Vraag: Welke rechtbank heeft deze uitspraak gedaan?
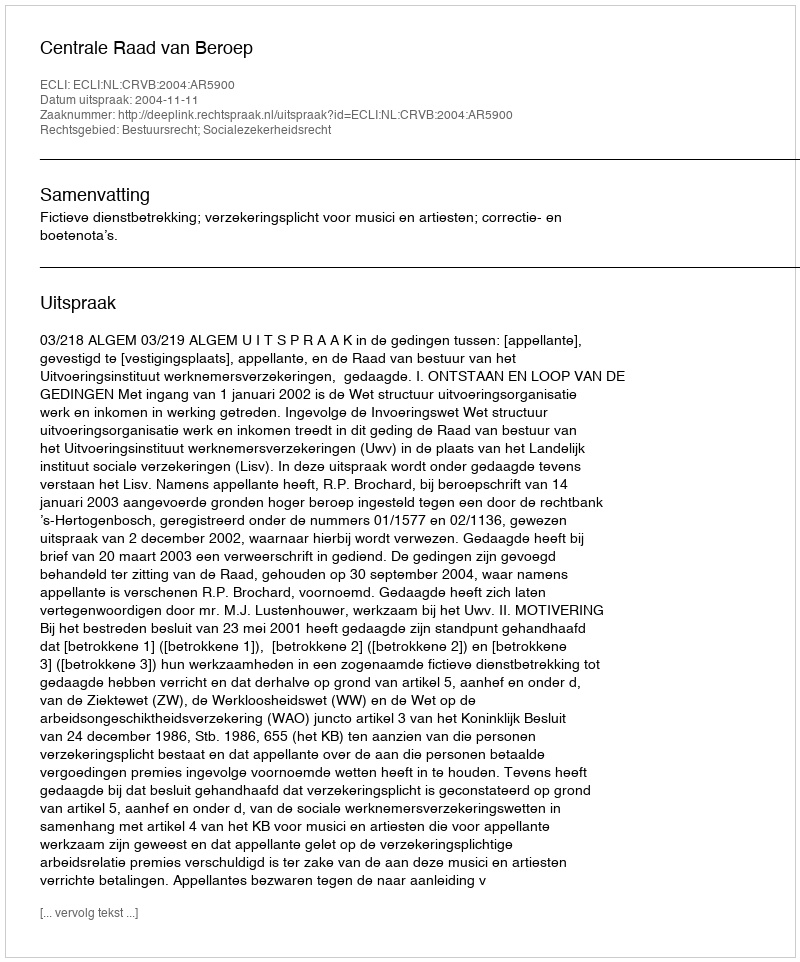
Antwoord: Centrale Raad van Beroep